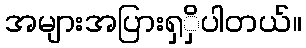
အများအပြားရှှိပါတယ်။